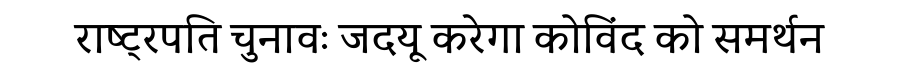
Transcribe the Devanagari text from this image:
राष्ट्रपति चुनावः जदयू करेगा कोविंद को समर्थन